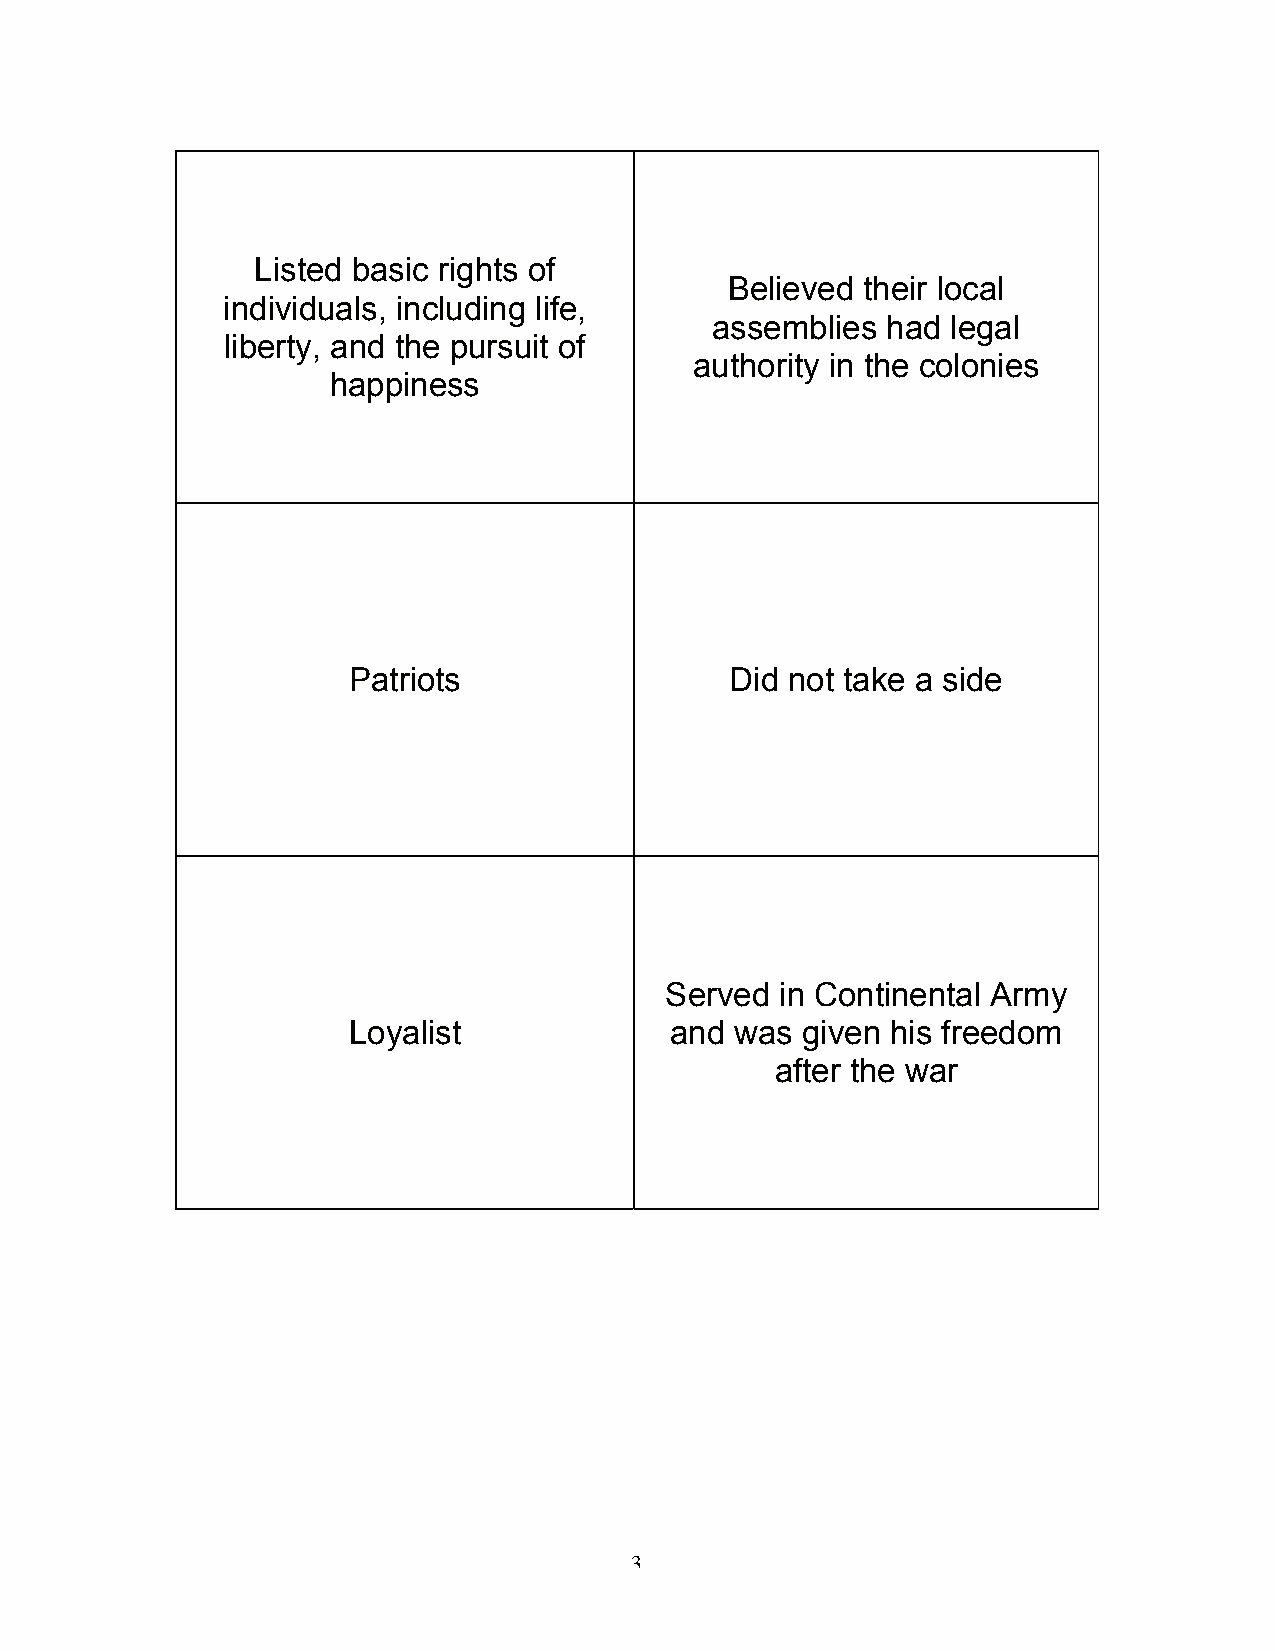
Listed basic rights of
 Believed their local
 individuals, including life,
 assemblies  had legal
 liberty, and the pursuit of
 authority in the colonies
 happiness
 Patriots                 Did not take a side
 Served  in Continental Army
 Loyalist             and  was given his freedom
 after the war
 3